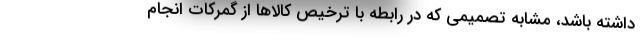
داشته باشد، مشابه تصمیمی که در رابطه با ترخیص کالاها از گمرکات انجام